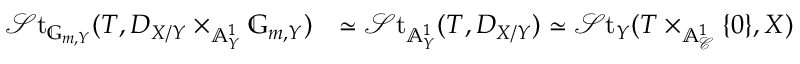
\begin{array} { r l } { \mathscr { S } \mathrm { t } _ { \mathbb { G } _ { m , Y } } ( T , D _ { X / Y } \times _ { \mathbb { A } _ { Y } ^ { 1 } } \mathbb { G } _ { m , Y } ) } & { \simeq \mathscr { S } \mathrm { t } _ { \mathbb { A } _ { Y } ^ { 1 } } ( T , D _ { X / Y } ) \simeq \mathscr { S } \mathrm { t } _ { Y } ( T \times _ { \mathbb { A } _ { \mathscr { C } } ^ { 1 } } \{ 0 \} , X ) } \end{array}